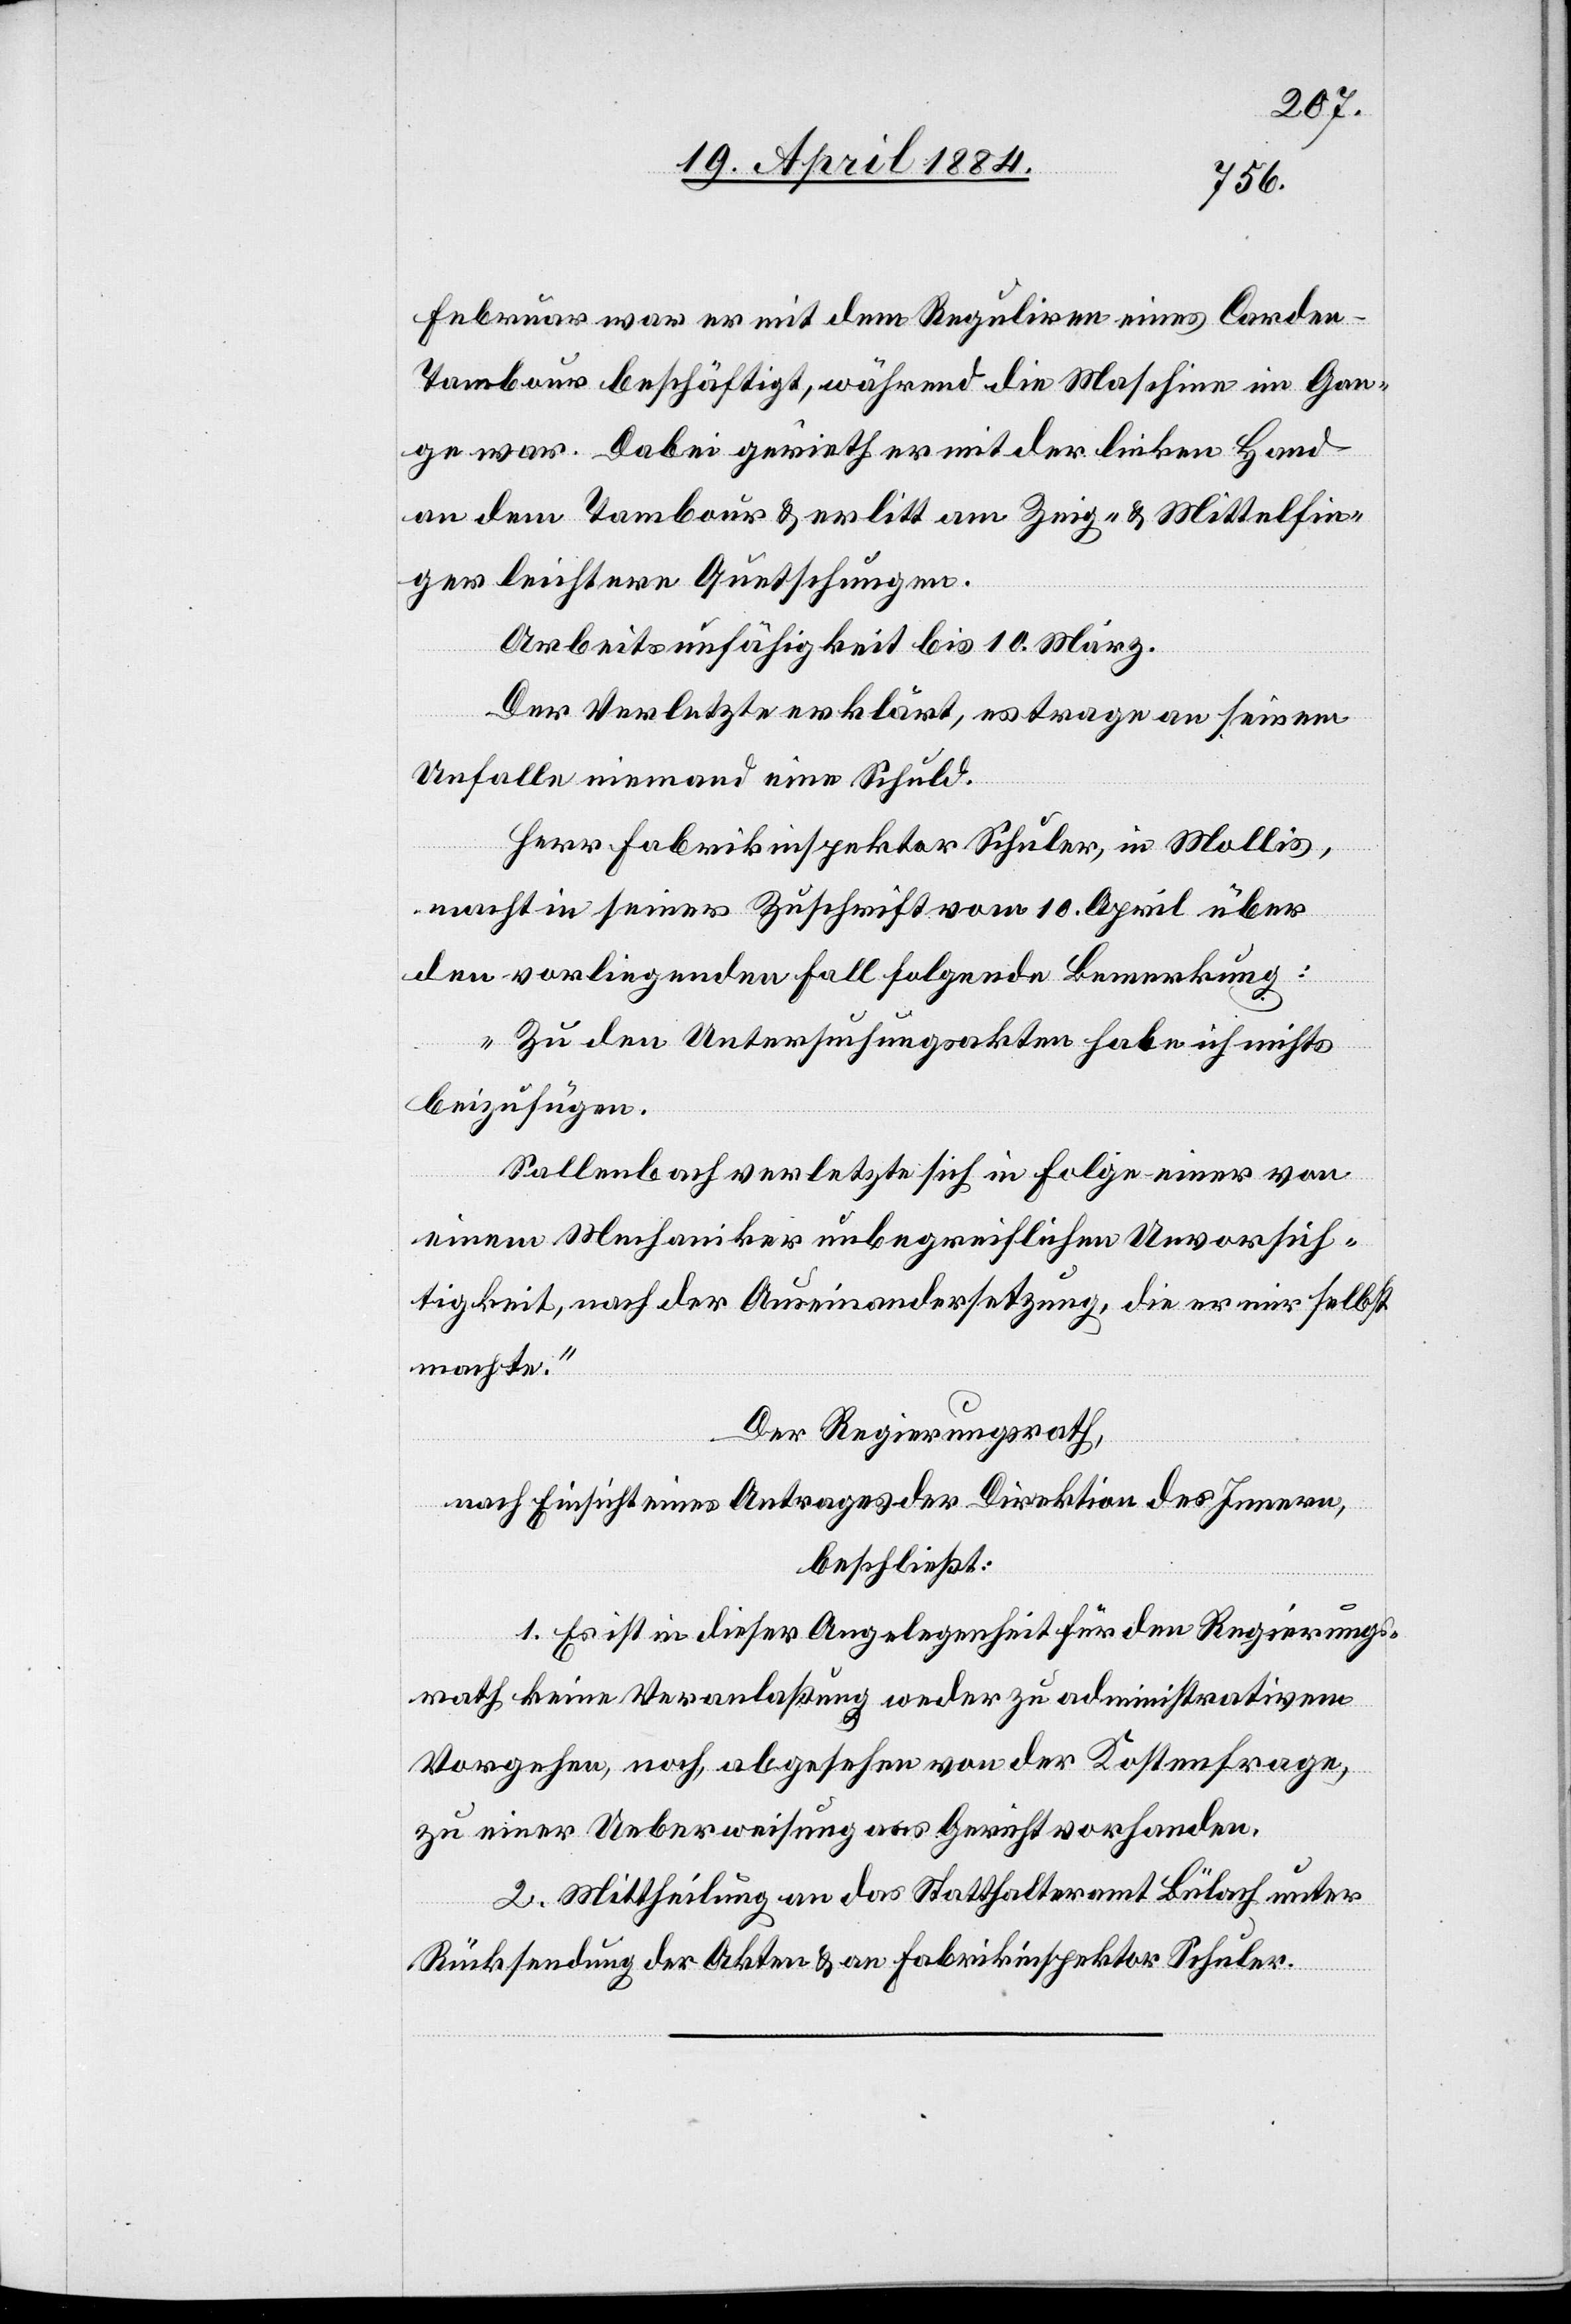
Februar war er mit dem Reguliren eines Carde¬
n-Tambour beschäftigt, während die Maschine im Gan¬
ge war. Dabei gerieth er mit der linken Hand
ger leichtere Quetschungen.
Mittelfin¬
Arbeitsunfähigkeit bis 10. März.
Der Verletzte erklärt, es trage an seinem
Unfalle niemand eine Schuld.
Herr Fabrikinspektor Schuler, in Mollis,
macht in seiner Zuschrift vom 10. April über
den vorliegenden Fall folgende Bemerkung:
„Zu den Untersuchungsakten habe ich nichts
am
beizufügen.
Sallenbach verletzte sich in Folge einer von
einem Mechaniker unbegreiflichen Unvorsich¬
tigkeit, nach der Auseinandersetzung, die er mir selbst
machte.“
Der Regierungsrath,
nach Einsicht eines Antrages der Direktion des Innern,
beschließt:
1. Es ist in dieser Angelegenheit für den Regierungs¬
rath keine Veranlaßung weder zu administrativem
Vorgehen, noch, abgesehen von der Kostenfrage,
zu einer Ueberweisung ans Gericht vorhanden.
2. Mittheilung an das Statthalteramt Bülach unter
Rücksendung der Akten & an Fabrikinspektor Schuler.